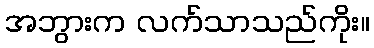
အဘွားက လက်သာသည်ကိုး။